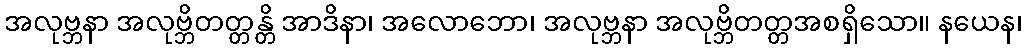
အလုဗ္ဘနာ အလုဗ္ဘိတတ္တန္တိ အာဒိနာ၊ အလောဘော၊ အလုဗ္ဘနာ အလုဗ္ဘိတတ္တအစရှိသော။ နယေန၊